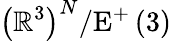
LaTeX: \left(\mathbb{R}^{3}\right)^{N}/\mathrm{E}^{+}\left(3\right)